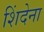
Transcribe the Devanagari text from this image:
शिंदेना